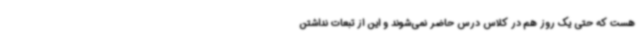
هست که حتی یک روز هم در کلاس درس حاضر نمی‌شوند و این از تبعات نداشتن